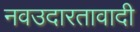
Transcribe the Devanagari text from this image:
नवउदारतावादी